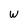
Character: W